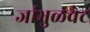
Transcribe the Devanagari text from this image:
जांभुळवेट